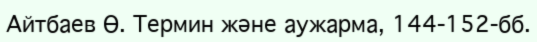
Айтбаев Ө. Термин және аужарма, 144-152-бб.